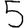
Digit: 5